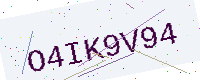
Text: O4IK9V94